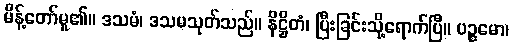
မိန့်တော်မူ၏။ ဒသမံ၊ ဒသမသုတ်သည်။ နိဋ္ဌိတံ၊ ပြီးခြင်းသို့ရောက်ပြီ။ ပဉ္စမော၊